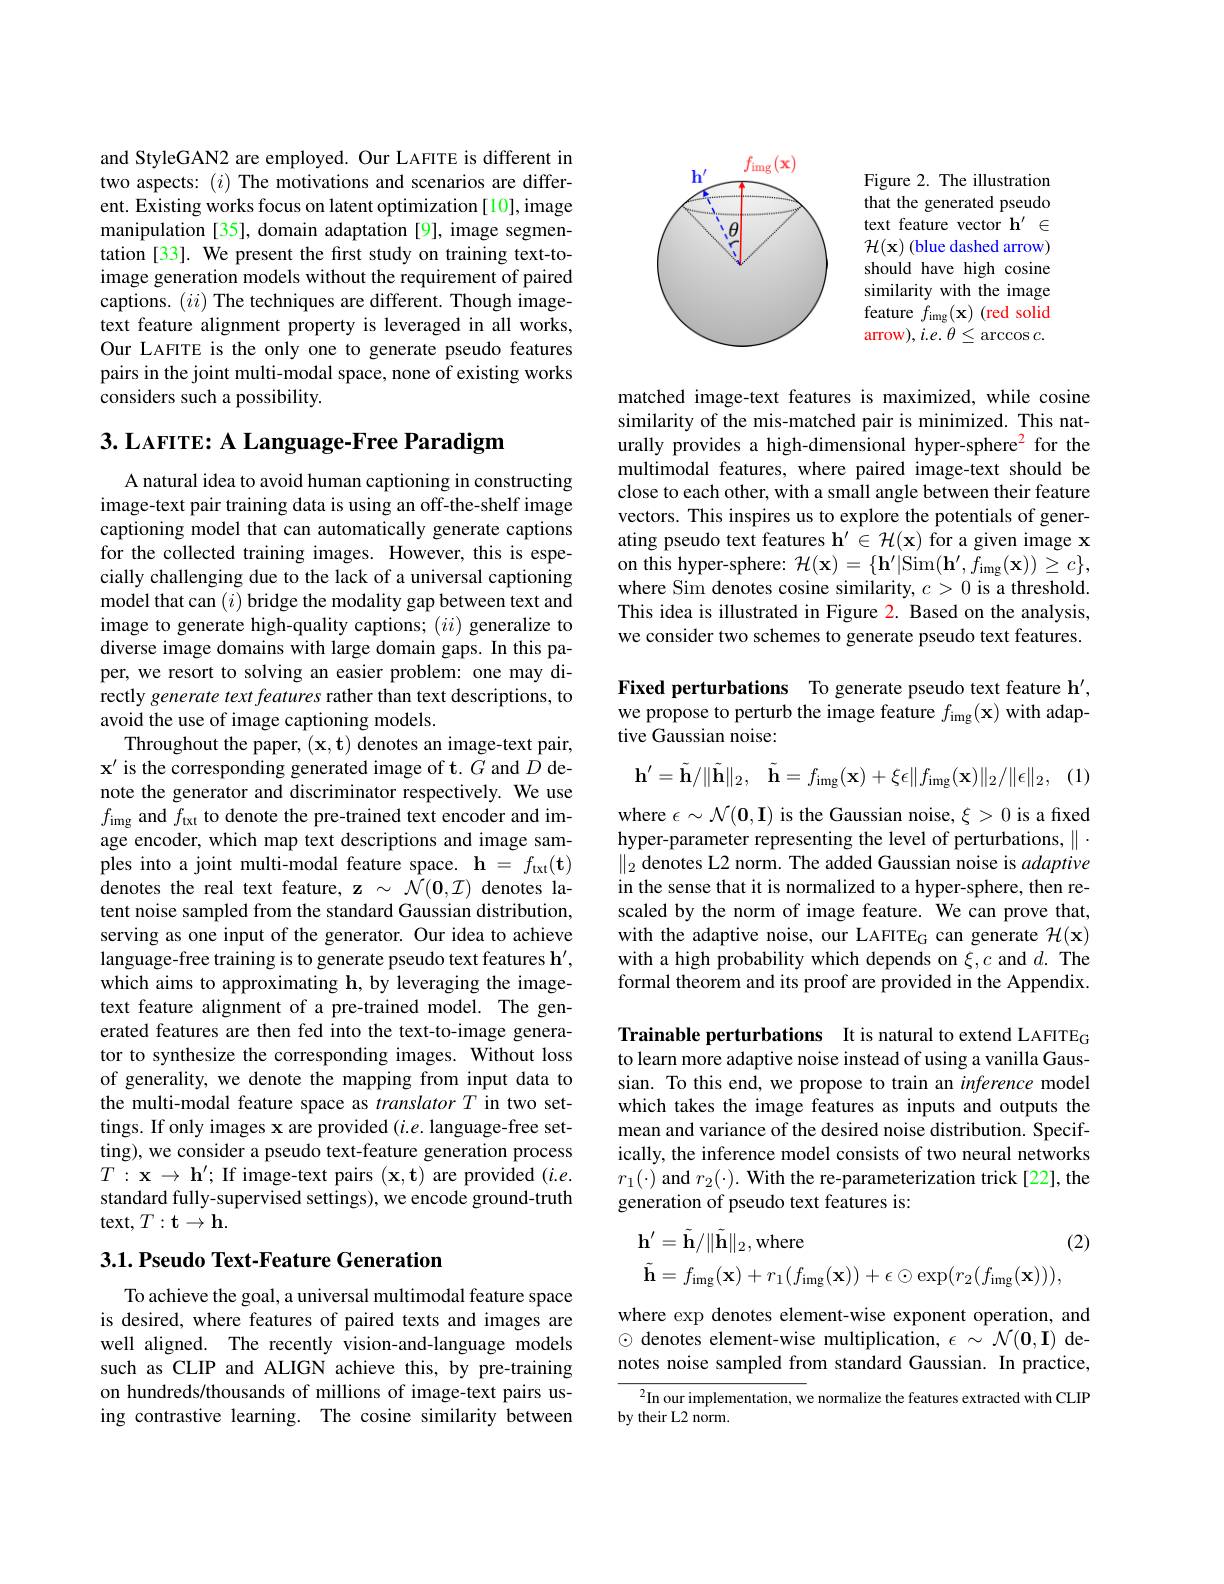
and StyleGAN2 are employed. Our LAFITE is different in two aspects: $(i)$ The motivations and scenarios are different. Existing works focus on latent optimization [10], image manipulation [35], domain adaptation [9], image segmentation [33]. We present the first study on training text-toimage generation models without the requirement of paired captions. $(ii)$ The techniques are different. Though imagetext feature alignment property is leveraged in all works, Our LAFITE is the only one to generate pseudo features pairs in the joint multi-modal space, none of existing works considers such a possibility.

3. LAFITE: A Language-Free Paradigm

A natural idea to avoid human captioning in constructing image-text pair training data is using an off-the-shelf image captioning model that can automatically generate captions for the collected training images. However, this is especially challenging due to the lack of a universal captioning model that can $(i)$ bridge the modality gap between text and image to generate high-quality captions; $(ii)$ generalize to diverse image domains with large domain gaps. In this paper, we resort to solving an easier problem: one may directly generate text features rather than text descriptions, to avoid the use of image captioning models.
Throughout the paper, $(\mathbf{x},\mathbf{t})$ denotes an image-text pair, $\mathbf{x}^{\prime}$ is the corresponding generated image of t. $G$ and $D$ denote the generator and discriminator respectively. We use $f_{\mathrm{img~and~}}f_{\mathrm{txt~to~denote~the~pre-trained~text~encoder~and~im-}}$ age encoder, which map text descriptions and image samples into a joint multi-modal feature space. $\mathbf{h} = f_{\mathrm{txt}}( \mathbf{t} )$ denotes the real text feature, z $\sim\mathcal{N}(\mathbf{0},\mathcal{I})$ denotes latent noise sampled from the standard Gaussian distribution, serving as one input of the generator. Our idea to achieve language-free training is to generate pseudo text features h', which aims to approximating h, by leveraging the imagetext feature alignment of a pre-trained model. The generated features are then fed into the text-to-image generator to synthesize the corresponding images. Without loss of generality, we denote the mapping from input data to the multi-modal feature space as translator $T$ in two settings. If only images x are provided $(i.e.$ language-free setting), we consider a pseudo text-feature generation process $T:\mathbf{x}\to\mathbf{h}^{\prime};$If image-text pairs $(\mathbf{x},\mathbf{t})$ are provided $(i.e.$ standard fully-supervised settings), we encode ground-truth $\operatorname{text},T:\mathbf{t}\to\mathbf{h}.$

### $3. 1. \textbf{Pseudo Text- Feature Generation}$

To achieve the goal, a universal multimodal feature space is desired, where features of paired texts and images are well aligned. The recently vision-and-language models such as CLIP and ALIGN achieve this, by pre-training on hundreds/thousands of millions of image-text pairs using contrastive learning. The cosine similarity between

<FigureHere>

Figure 2. The illustration that the generated pseudo text feature vector h' $\in$ $\mathcal{H}(\mathbf{x})$ (blue dashed arrow) should have high cosine similarity with the image feature $f_\mathrm{img}( \mathbf{x} )$ (red solid $\operatorname{arrow}),i.e.\theta\leq\operatorname{arccos}c.$

matched image-text features is maximized, while cosine similarity of the mis-matched pair is minimized. This naturally provides a high-dimensional hyper-sphere$^{\color{red}2}$ for the multimodal features, where paired image-text should be close to each other, with a small angle between their feature vectors. This inspires us to explore the potentials of generating pseudo text features $\mathbf{h}^\prime\in\mathcal{H}(\mathbf{x})$ for a given image x on this hyper-sphere: $\mathcal{H}(\mathbf{x})=\{\mathbf{h}^{\prime}|$Sim$( \mathbf{h} ^\prime , f_{\mathrm{img}}( \mathbf{x} ) ) \geq c\} $, where Sim denotes cosine similarity, $c>0$ is a threshold. This idea is illustrated in Figure 2. Based on the analysis, we consider two schemes to generate pseudo text features.

Fixed perturbations To generate pseudo text feature h', we propose to perturb the image feature $f_\mathrm{img}( \mathbf{x} )$ with adap-## tive Gaussian noise:
$$\mathbf{h}^{\prime}=\tilde{\mathbf{h}}/\|\tilde{\mathbf{h}}\|_{2},\quad\tilde{\mathbf{h}}=f_{\mathrm{img}}(\mathbf{x})+\xi\epsilon\|f_{\mathrm{img}}(\mathbf{x})\|_{2}/\|\epsilon\|_{2},$$
(1)

where $\epsilon\sim\mathcal{N}(\mathbf{0},\mathbf{I})$ is the Gaussian noise, $\xi>0$ is a fixed hyper-parameter representing the level of perturbations, $\|.$ $\|_2$ denotes L2 norm. The added Gaussian noise is adaptive in the sense that it is normalized to a hyper-sphere, then rescaled by the norm of image feature. We can prove that, with the adaptive noise, our LAFITEG can generate $\mathcal{H}(\mathbf{x})$ with a high probability which depends on $\xi,c$ and $d.$ The formal theorem and its proof are provided in the Appendix.

Trainable perturbations It is natural to extend LAFITEG to learn more adaptive noise instead of using a vanilla Gaussian. To this end, we propose to train an inference model which takes the image features as inputs and outputs the mean and variance of the desired noise distribution. Specifically, the inference model consists of two neural networks $r_{1}(\cdot)$ and $r_2(\cdot).$ With the re-parameterization trick[22], the generation of pseudo text features is:
$$\mathbf{h}^{\prime}=\tilde{\mathbf{h}}/\|\tilde{\mathbf{h}}\|_{2},\mathrm{where}\text{(2}\\\tilde{\mathbf{h}}=f_{\mathrm{img}}(\mathbf{x})+r_{1}(f_{\mathrm{img}}(\mathbf{x}))+\epsilon\odot\exp(r_{2}(f_{\mathrm{img}}(\mathbf{x}))),$$
where exp denotes element-wise exponent operation, and $\odot$ denotes element-wise multiplication, $\epsilon~\sim\mathcal{N}(\mathbf{0},\mathbf{I})$ denotes noise sampled from standard Gaussian. In practice,

$^2$In our implementation, we normalize the features extracted with CLIP
by their L2 norm.